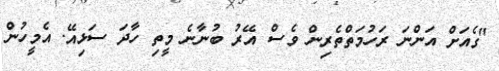
"ގެއަށް އަންނަ ރަހުމަތްތެރިން ވެސް އޭރު ބުނާނެ މީތި ހާދަ ސަޅިއޭ. އެމީހުން